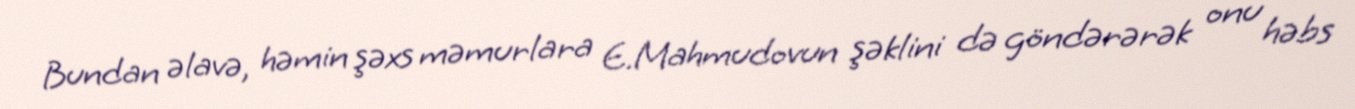
Bundan əlavə, həmin şəxs məmurlara E.Mahmudovun şəklini də göndərərək onu həbs